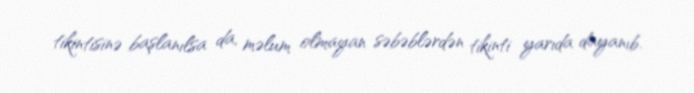
tikintisinə başlanılsa da, məlum olmayan səbəblərdən tikinti yarıda dayanıb.